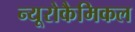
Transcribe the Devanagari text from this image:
न्यूरोकैमिकल